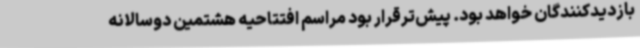
بازدیدکنندگان خواهد بود. پیش‌ترقرار بود مراسم افتتاحیه هشتمین دوسالانه